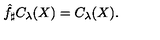
\hat { f } _ { \sharp } C _ { \lambda } ( X ) = C _ { \lambda } ( X ) .